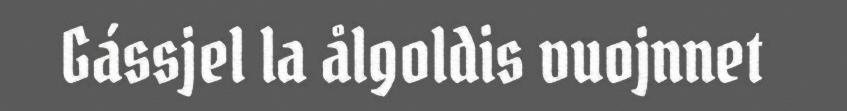
Gássjel la ålgoldis vuojnnet